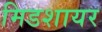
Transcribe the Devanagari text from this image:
मिडशायर